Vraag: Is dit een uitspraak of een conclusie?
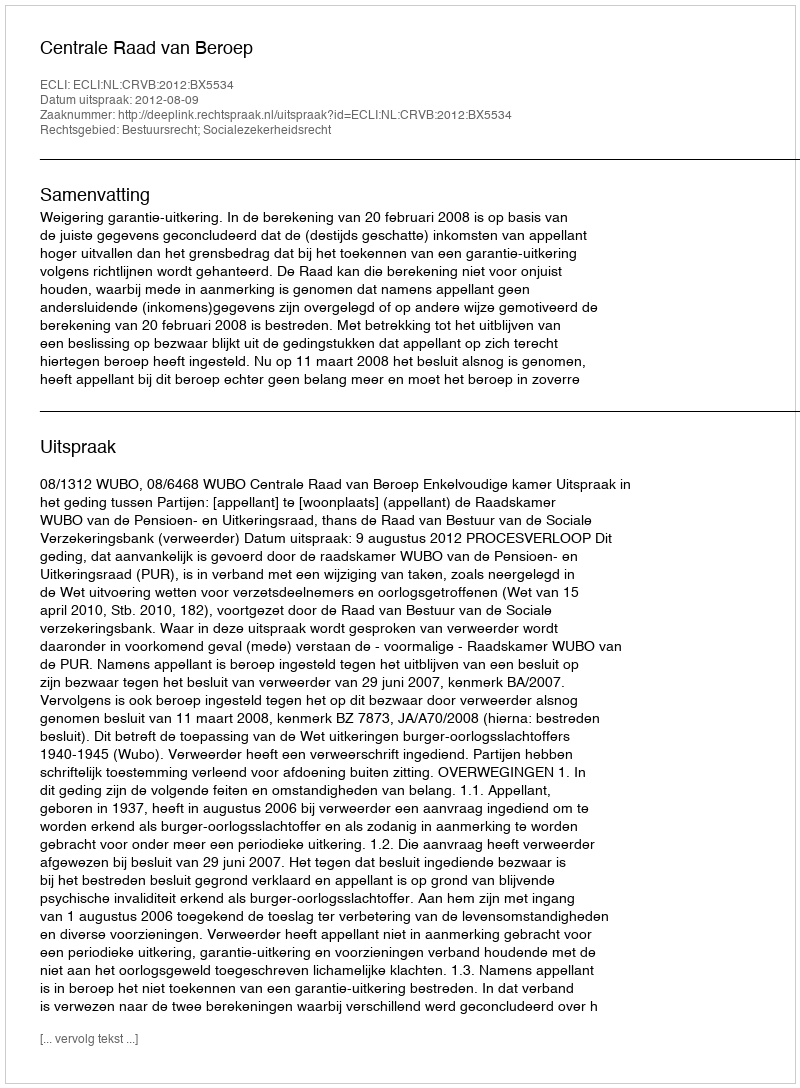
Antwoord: Uitspraak